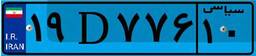
۹۶D۶۵۱۷۹